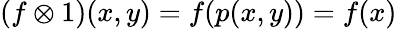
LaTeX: (f\otimes 1)(x,y)=f(p(x,y))=f(x)